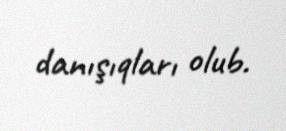
danışıqları olub.